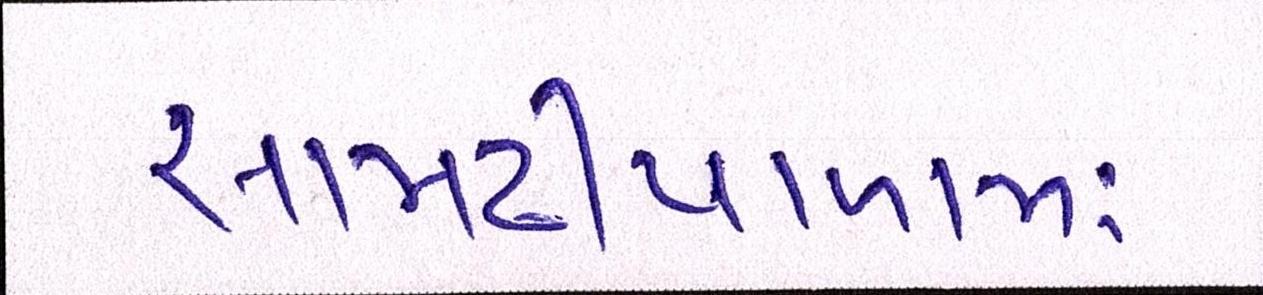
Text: સામઢીયાળામાં